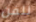
للفن